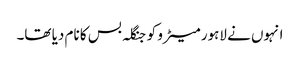
انہوں نے لاہور میٹرو کو جنگلہ بس کا نام دیا تھا۔